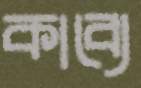
কাব্যে